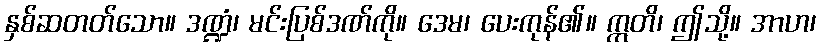
နှစ်ဆတတ်သော။ ဒဏ္ဍံ၊ မင်းပြစ်ဒဏ်ကို။ ဒေမ၊ ပေးကုန်၏။ ဣတိ၊ ဤသို့။ အာဟ၊